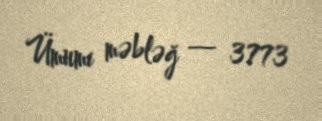
Ümumi məbləğ — 3773